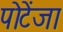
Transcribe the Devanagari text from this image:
पोटेंजा